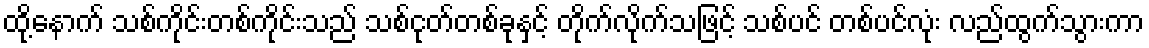
ထို့နောက် သစ်ကိုင်းတစ်ကိုင်းသည် သစ်ငုတ်တစ်ခုနှင့် တိုက်လိုက်သဖြင့် သစ်ပင် တစ်ပင်လုံး လည်ထွက်သွားကာ